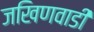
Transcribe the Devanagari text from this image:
जखिणवाडी